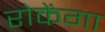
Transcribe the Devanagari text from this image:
रोकेंगा